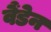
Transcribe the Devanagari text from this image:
वैंडेन